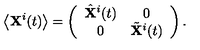
\left\langle { \bf X } ^ { i } ( t ) \right\rangle = \left( \begin{array} { c c } { \hat { \bf X } ^ { i } ( t ) } & { 0 } \\ { 0 } & { \tilde { \bf X } ^ { i } ( t ) } \\ \end{array} \right) .